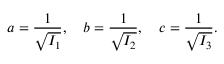
a = { \frac { 1 } { \sqrt { I _ { 1 } } } } , \quad b = { \frac { 1 } { \sqrt { I _ { 2 } } } } , \quad c = { \frac { 1 } { \sqrt { I _ { 3 } } } } .